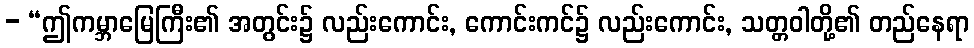
- “ဤကမ္ဘာမြေကြီး၏ အတွင်း၌ လည်းကောင်း, ကောင်းကင်၌ လည်းကောင်း, သတ္တဝါတို့၏ တည်နေရာ